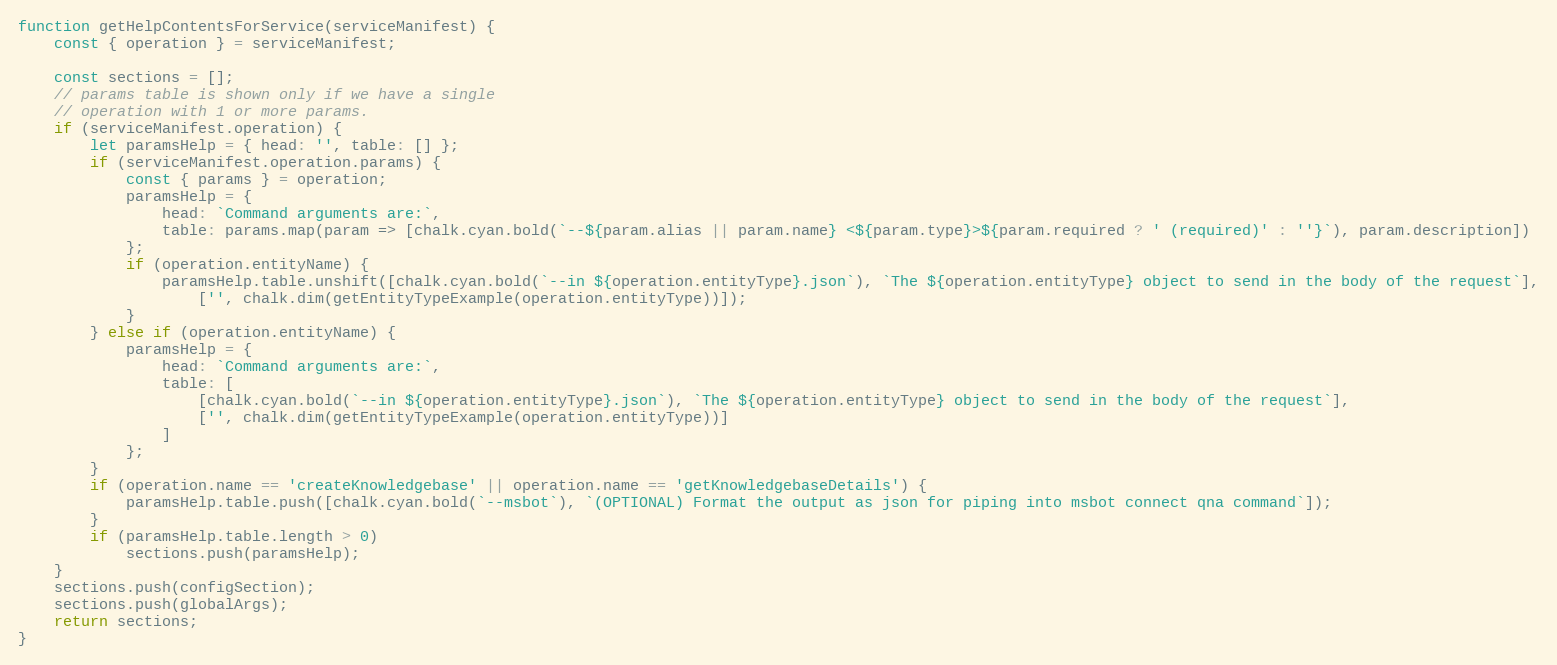
Language: JavaScript
function getHelpContentsForService(serviceManifest) {
    const { operation } = serviceManifest;

    const sections = [];
    // params table is shown only if we have a single
    // operation with 1 or more params.
    if (serviceManifest.operation) {
        let paramsHelp = { head: '', table: [] };
        if (serviceManifest.operation.params) {
            const { params } = operation;
            paramsHelp = {
                head: `Command arguments are:`,
                table: params.map(param => [chalk.cyan.bold(`--${param.alias || param.name} <${param.type}>${param.required ? ' (required)' : ''}`), param.description])
            };
            if (operation.entityName) {
                paramsHelp.table.unshift([chalk.cyan.bold(`--in ${operation.entityType}.json`), `The ${operation.entityType} object to send in the body of the request`],
                    ['', chalk.dim(getEntityTypeExample(operation.entityType))]);
            }
        } else if (operation.entityName) {
            paramsHelp = {
                head: `Command arguments are:`,
                table: [
                    [chalk.cyan.bold(`--in ${operation.entityType}.json`), `The ${operation.entityType} object to send in the body of the request`],
                    ['', chalk.dim(getEntityTypeExample(operation.entityType))]
                ]
            };
        }
        if (operation.name == 'createKnowledgebase' || operation.name == 'getKnowledgebaseDetails') {
            paramsHelp.table.push([chalk.cyan.bold(`--msbot`), `(OPTIONAL) Format the output as json for piping into msbot connect qna command`]);
        }
        if (paramsHelp.table.length > 0)
            sections.push(paramsHelp);
    }
    sections.push(configSection);
    sections.push(globalArgs);
    return sections;
}